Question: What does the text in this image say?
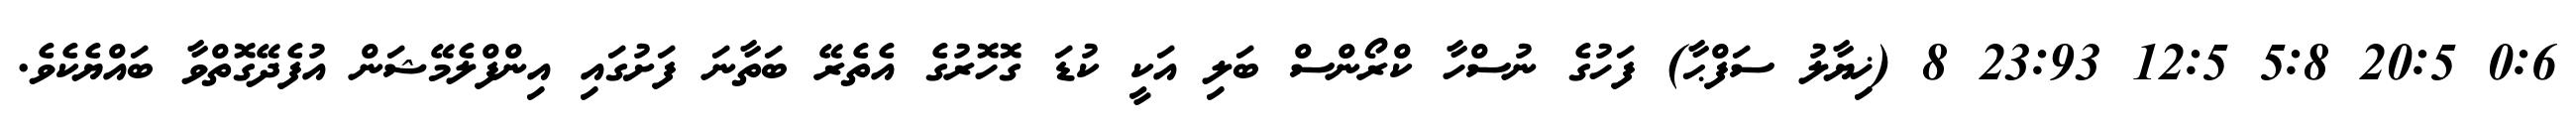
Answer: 0:6 20:5 5:8 12:5 23:93 8 (ޚިޔާލު ސަފްޙާ) ފަހުގެ ނުސްހާ ކްރޯންސް ބަލި އަކީ ކުޑަ ގޮހޮރުގެ އެތެރޭ ބަތާނަ ފަށުގައި އިންފްލެމޭޝަން އުފެދޭގޮތްވާ ބައްޔެކެވެ.